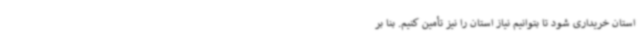
استان خریداری شود تا بتوانیم نیاز استان را نیز تأمین کنیم. بنا بر